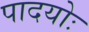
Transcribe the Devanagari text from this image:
पादयोः